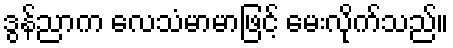
ဒွန်ညာက လေသံမာမာဖြင့် မေးလိုက်သည်။